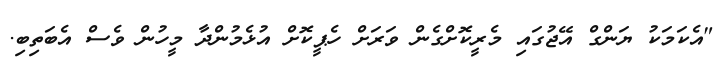
"އެކަމަކު ޔަންގް އޭޖުގައި މެރީކޮށްގެން ވަރަށް ހެޕީކޮށް އުޅެމުންދާ މީހުން ވެސް އެބަތިބި.